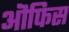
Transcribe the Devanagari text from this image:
ऒफिस